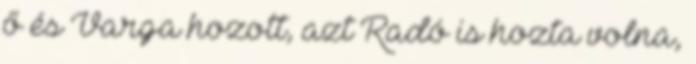
ő és Varga hozott, azt Radó is hozta volna,